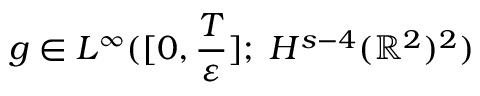
g \in L ^ { \infty } ( [ 0 , \frac { T } { \varepsilon } ] ; \; H ^ { s - 4 } ( \mathbb { R } ^ { 2 } ) ^ { 2 } )